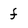
Character: f